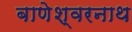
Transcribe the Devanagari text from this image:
बाणेश्वरनाथ